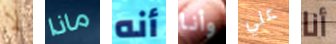
لا ماذا أنه وأنا علي أنا